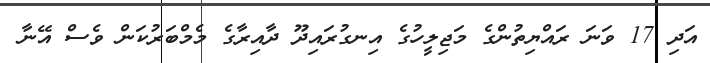
އަދި 17 ވަނަ ރައްޔިތުންގެ މަޖިލީހުގެ އިނގުރައިދޫ ދާއިރާގެ މެމްބަރުކަން ވެސް އޭނާ